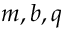
m , b , q